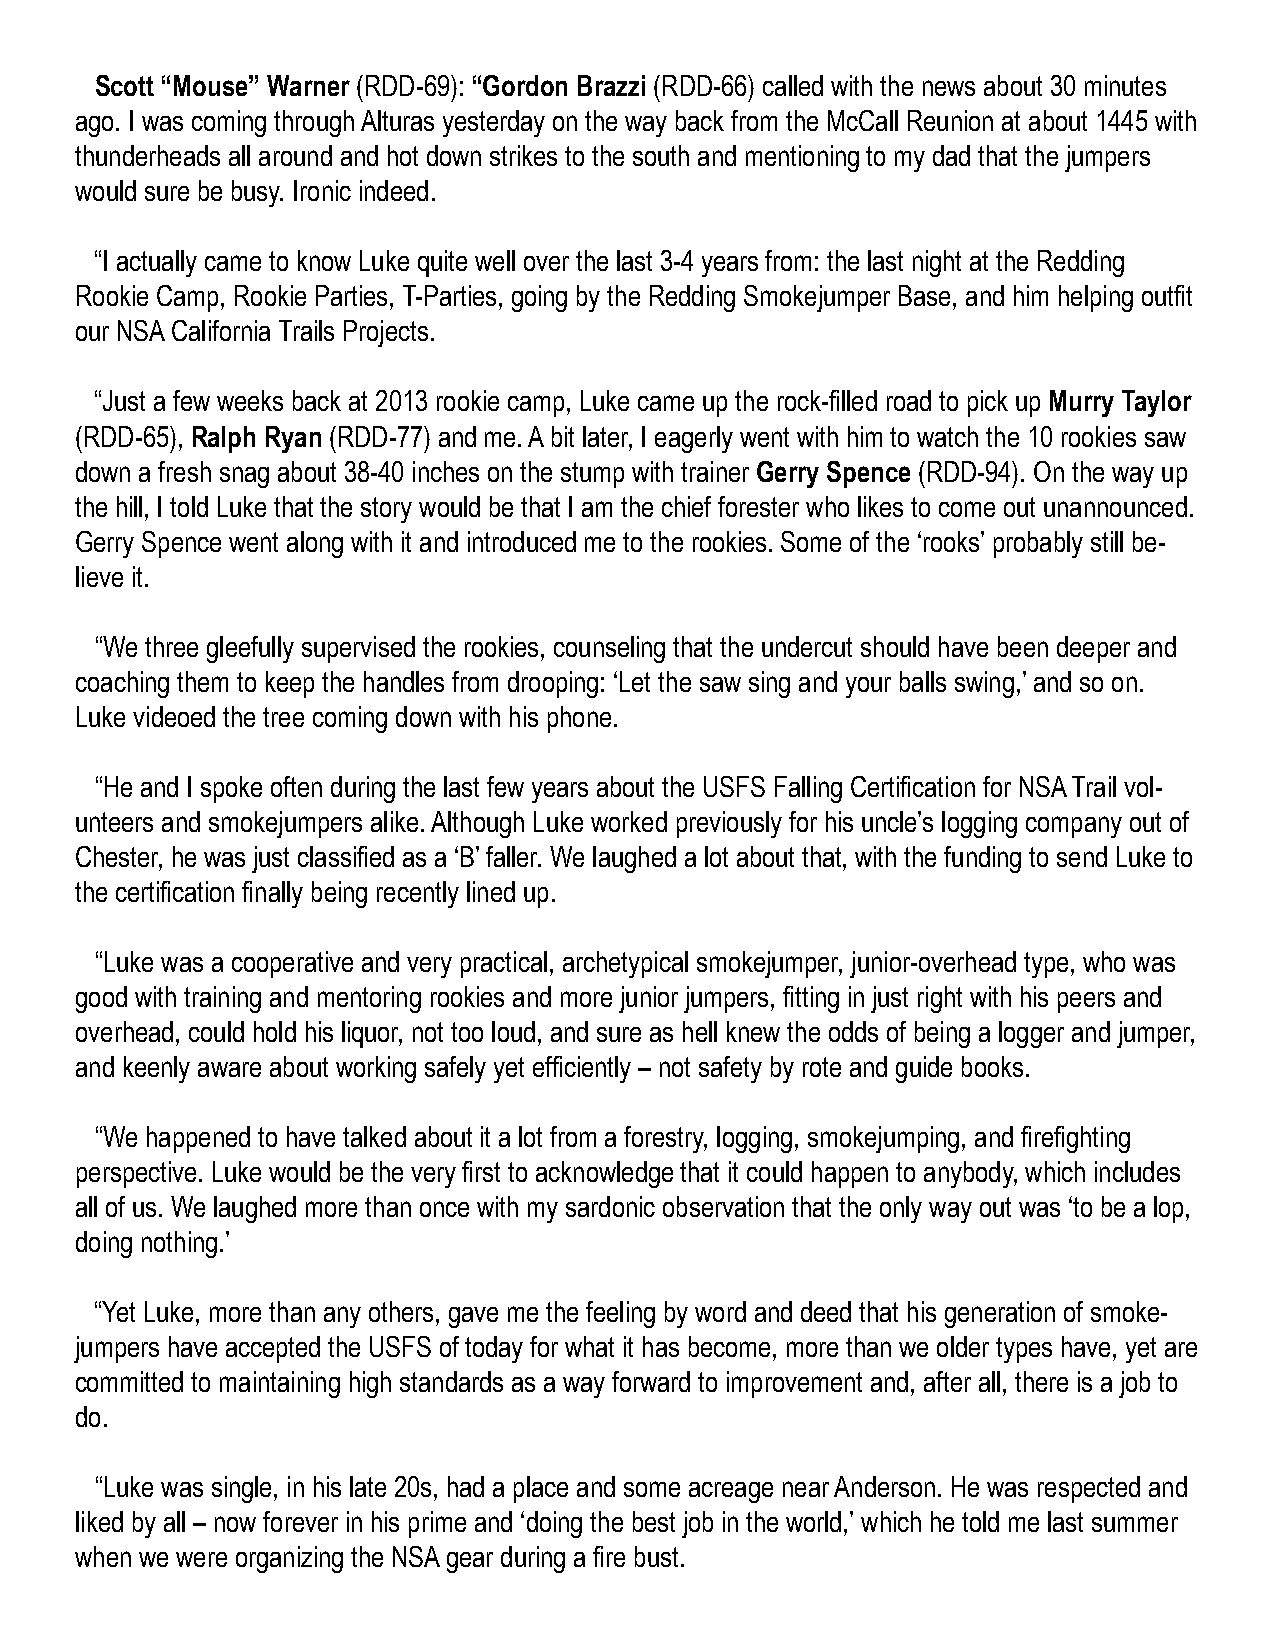
Scott “Mouse” Warner (RDD-69): “Gordon Brazzi (RDD-66) called with the news about 30 minutes
 ago. I was coming through Alturas yesterday on the way back from the McCall Reunion at about 1445 with
 thunderheads all around and hot down strikes to the south and mentioning to my dad that the jumpers
 would sure be busy. Ironic indeed.
 “I actually came to know Luke quite well over the last 3-4 years from: the last night at the Redding
 Rookie Camp, Rookie Parties, T-Parties, going by the Redding Smokejumper Base, and him helping outfit
 our NSA California Trails Projects.
 “Just a few weeks back at 2013 rookie camp, Luke came up the rock-filled road to pick up Murry Taylor
 (RDD-65), Ralph Ryan (RDD-77) and me. A bit later, I eagerly went with him to watch the 10 rookies saw
 down a fresh snag about 38-40 inches on the stump with trainer Gerry Spence (RDD-94). On the way up
 the hill, I told Luke that the story would be that I am the chief forester who likes to come out unannounced.
 Gerry Spence went along with it and introduced me to the rookies. Some of the ‘rooks’ probably still be-
 lieve it.
 “We three gleefully supervised the rookies, counseling that the undercut should have been deeper and
 coaching them to keep the handles from drooping: ‘Let the saw sing and your balls swing,’ and so on.
 Luke videoed the tree coming down with his phone.
 “He and I spoke often during the last few years about the USFS Falling Certification for NSA Trail vol-
 unteers and smokejumpers alike. Although Luke worked previously for his uncle’s logging company out of
 Chester, he was just classified as a ‘B’ faller. We laughed a lot about that, with the funding to send Luke to
 the certification finally being recently lined up.
 “Luke was a cooperative and very practical, archetypical smokejumper, junior-overhead type, who was
 good with training and mentoring rookies and more junior jumpers, fitting in just right with his peers and
 overhead, could hold his liquor, not too loud, and sure as hell knew the odds of being a logger and jumper,
 and keenly aware about working safely yet efficiently – not safety by rote and guide books.
 “We happened to have talked about it a lot from a forestry, logging, smokejumping, and firefighting
 perspective. Luke would be the very first to acknowledge that it could happen to anybody, which includes
 all of us. We laughed more than once with my sardonic observation that the only way out was ‘to be a lop,
 doing nothing.’
 “Yet Luke, more than any others, gave me the feeling by word and deed that his generation of smoke-
 jumpers have accepted the USFS of today for what it has become, more than we older types have, yet are
 committed to maintaining high standards as a way forward to improvement and, after all, there is a job to
 do.
 “Luke was single, in his late 20s, had a place and some acreage near Anderson. He was respected and
 liked by all – now forever in his prime and ‘doing the best job in the world,’ which he told me last summer
 when we were organizing the NSA gear during a fire bust.